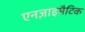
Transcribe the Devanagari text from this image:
एनज़ाइमैटिक